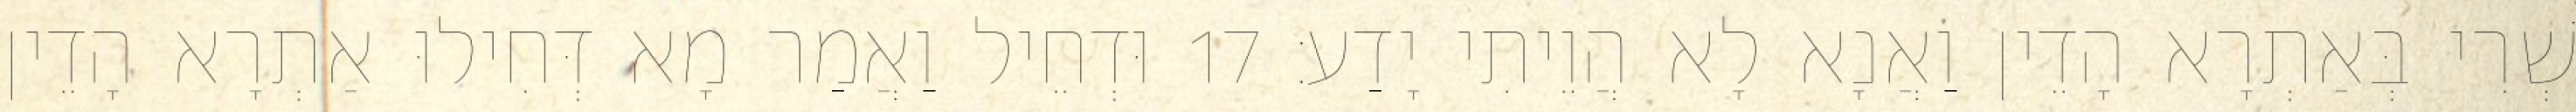
שְׁרִי בְּאַתְרָא הָדֵין וַאֲנָא לָא הֲוֵיתִי יָדַע׃ 17 וּדְחֵיל וַאֲמַר מָא דְּחִילוּ אַתְרָא הָדֵין